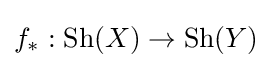
f_{*}:\operatorname {Sh} (X)\to \operatorname {Sh} (Y)